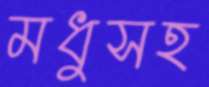
মধুসহ